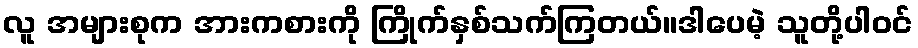
လူ အများစုက အားကစားကို ကြိုက်နှစ်သက်ကြတယ်။ဒါပေမဲ့ သူတို့ပါဝင်